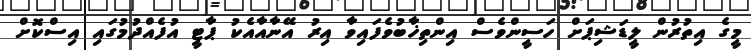
މީގެ އިތުރުން ލީޑަޝިޕަށް ހަސީންވެސް އިންތިޚާބުވެފައިވާ އިރު އޭނާއާއެކު ޕާޓީ އުފެއްދުމުގައި އިސްކޮށް